Senior Leaving Certificate Examination (including Day School Certificate (Higher) General paper), 1950
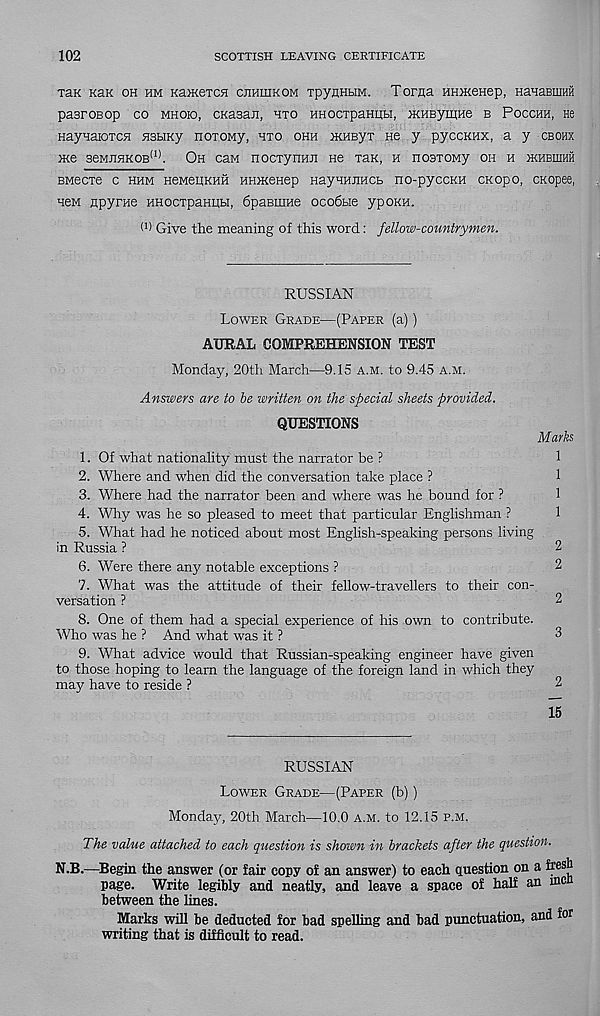
102
SCOTTISH LEAVING CERTIFICATE
thk Kan oh hm KamexcH cjihihkom TpyuHbiM. Torna HHiKenep, HanaBmHH
pasroBop co mhoio, CKasaii, hto HHOcxpaHiibi, HCHByiHHe b Pocchh, He
naynaioTCH nsbiny noTOMy, hto ohh FKHByx ne y pyccKHX, a y cbohx
me 3eMEHKOB (1) . Oh caw nocTymui He Tan, h nosTOMy oh h ikhbiiihh
BMecxe c hhm HeMeuKHH HHHieHep HayHHEHCb no-pyccKH CKopo, CKopee,
HeM Hpyrae HHOcxpaHiibi, 6paBiiiHe oco6bie ypoKH.
f 1 ) Give the meaning of this word: fellow-countrymen.
RUSSIAN
Lower Grade—(Paper (a))
AURAL COMPREHENSION TEST
Monday, 20th March—9.15 a.m. to 9.45 a.m.
Answers are to be written on the special sheets provided.
QUESTIONS
Marks
1. Of what nationality must the narrator be ?
1
2. Where and when did the conversation take place ?
1
3. Where had the narrator been and where was he bound for ?
1
4. Why was he so pleased to meet that particular Englishman ?
1
5. What had he noticed about most English-speaking persons living
in Russia ?
2
6. Were there any notable exceptions ?
2
7. What was the attitude of their fellow-travellers to their con-
versation ?
2
8. One of them had a special experience of his own to contribute.
Who was he ? And what was it ?
3
9. What advice would that Russian-speaking engineer have given
to those hoping to learn the language of the foreign land in which they
may have to reside ?
2
15
RUSSIAN
Lower Grade—(Paper (b))
Monday, 20th March—10.0 a.m. to 12.15 p.m.
The value attached to each question is shown in brackets after the question.
N.B.—Begin the answer (or fair copy of an answer) to each question on a fresh
page. Write legibly and neatly, and leave a space of half an me
between the lines.
Marks will be deducted for bad spelling and bad punctuation, and for
writing that is difficult to read.